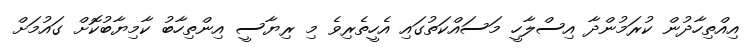
އިއްތިހާދުން ކުރަމުންދާ އިސްލާހީ މަސައްކަތުގައި އެހީތެރިވެ މި ރިޔާސީ އިންތިހާބު ކާމިޔާބުކޮށް ގައުމަށް